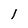
Character: l